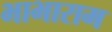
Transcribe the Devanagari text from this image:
भाभाराम